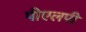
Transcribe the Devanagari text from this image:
पीएलपी